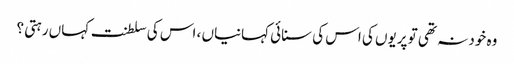
وہ خود نہ تھی تو پریوں کی اس کی سنائی کہانیاں ، اس کی سلطنت کہاں رہتی ؟